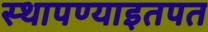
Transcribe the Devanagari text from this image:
स्थापण्याइतपत